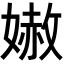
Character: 𡠬